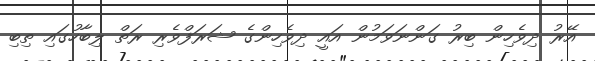
އޭރު ދިވެހިން ބިރު ގަންނަވަމުން އައީ ދިވެހިންގެ ޝަރަފްވެރި ރަތް ލިބާހުގައި ތިބި